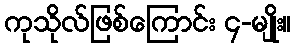
ကုသိုလ်ဖြစ်ကြောင်း ၄-မျိုး။